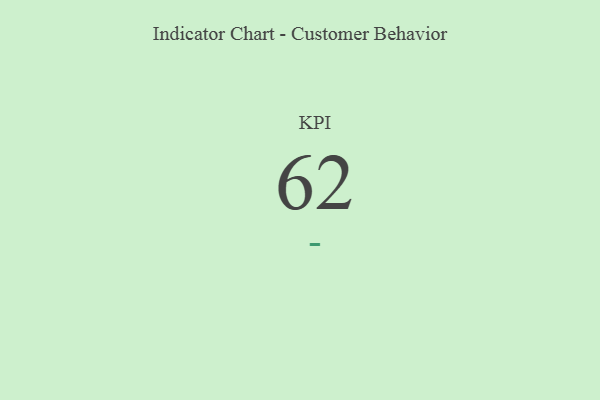
{"axis": {"x": "KPI", "y": "Value"}, "legend": [""], "data": [{"x": "KPI", "y": 62, "type": ""}]}